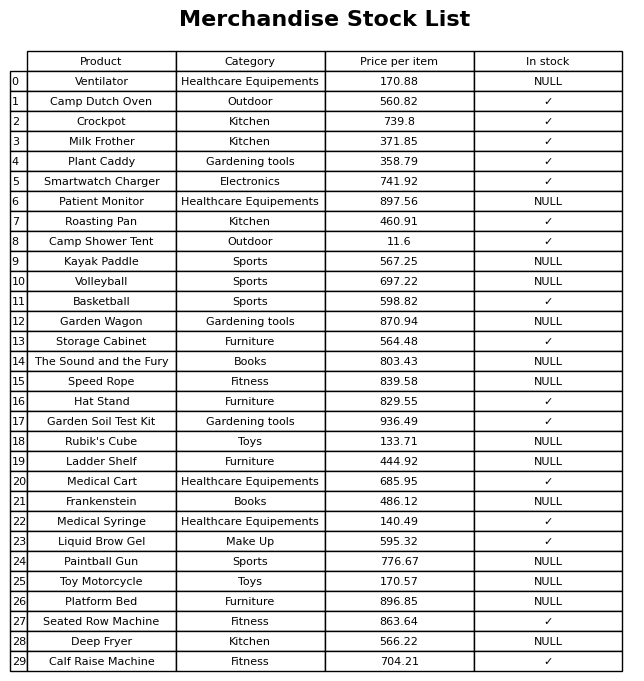
question: What is the price of the Liquid Brow Gel?
answer: The price of Liquid Brow Gel is 595.32.